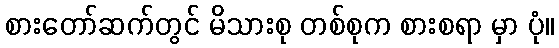
စားတော်ဆက်တွင် မိသားစု တစ်စုက စားစရာ မှာ ပုံ။